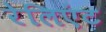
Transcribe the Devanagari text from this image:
रेलिएंट